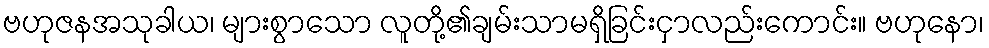
ဗဟုဇနအသုခါယ၊ များစွာသော လူတို့၏ချမ်းသာမရှိခြင်းငှာလည်းကောင်း။ ဗဟုနော၊